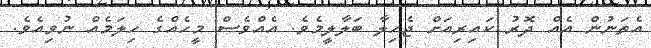
އެތަނުން އެއް ދޮރު ކައިރިއަށް ޖެހިލާ ބަލާލީމެވެ. އެއްވެސް މީހެއްގެ ހިލަމެއް ނުވިއެވެ.